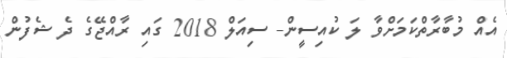
އެއް މުބާރާތްކަމަށްވާ ލަ ކުއިސީން- ސިއަލް 2018 ގައި ރާއްޖޭގެ ދެ ޝެފުން